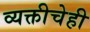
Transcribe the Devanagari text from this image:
व्यक्तीचेही